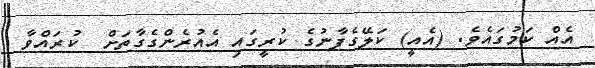
އެއް ކަމުގައެވެ. (އެއީ) ކަލޭގެފާނުގެ ކުރީގައި އެއުރެންގެގާތަށް  ކުރައްވާ